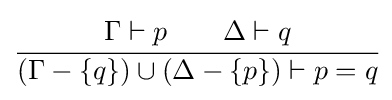
{\cfrac {\Gamma \vdash p\qquad \Delta \vdash q}{(\Gamma -\{q\})\cup (\Delta -\{p\})\vdash p=q}}